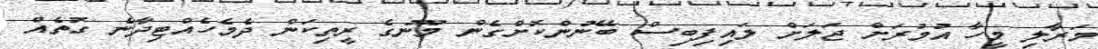
މަރާލި މީހާ އުމުރަށް ޖަލަށް ލައިފިބިސް ބޭނުންކޮށްގެން މޫނުގެ ރީތިކަން ދެމެހެއްޓިދާނެ ގޮތެއް